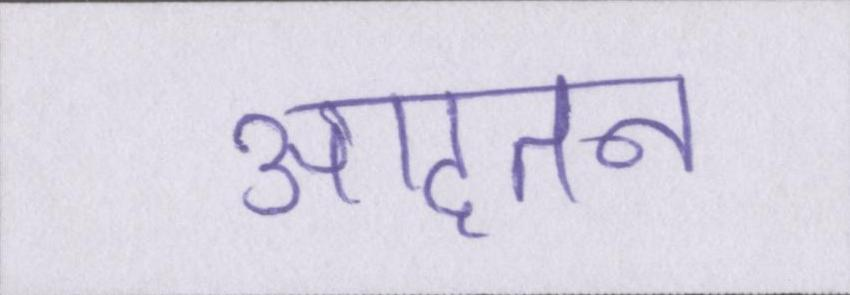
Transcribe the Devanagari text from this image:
आदतन